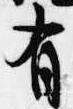
有